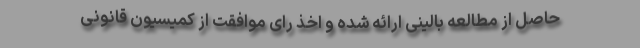
حاصل از مطالعه بالینی ارائه شده و اخذ رای موافقت از کمیسیون قانونی